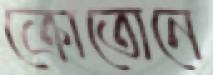
ক্রোতোনে